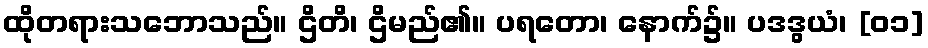
ထိုတရားသဘောသည်။ ဌိတိ၊ ဌိမည်၏။ ပရတော၊ နောက်၌။ ပဒဒွယံ၊ [၀၁]